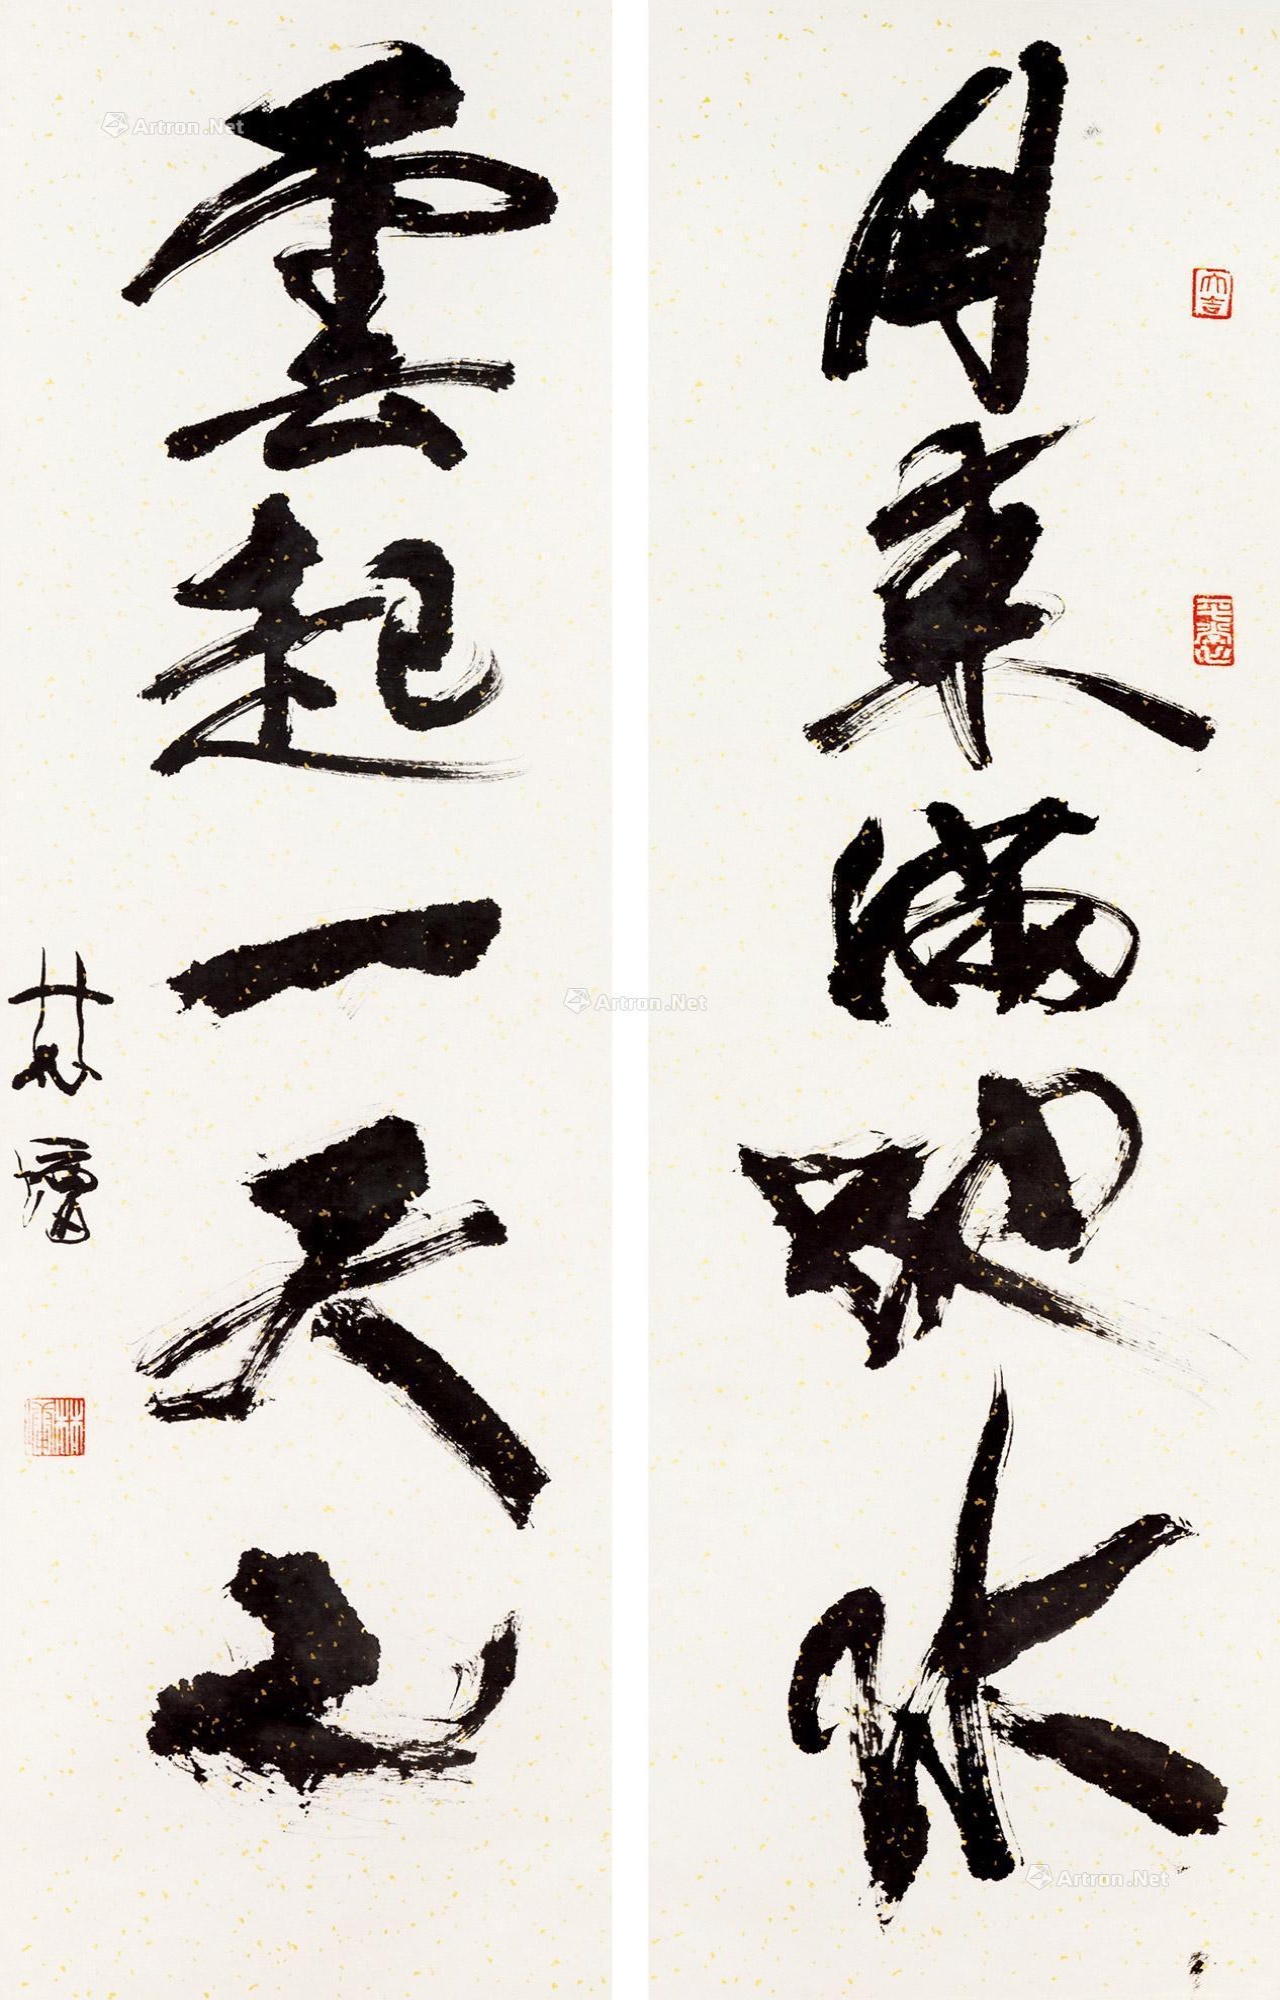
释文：月来满地水，云起一天山。林墉